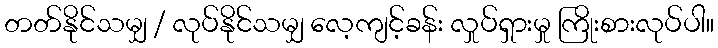
တတ်နိုင်သမျှ / လုပ်နိုင်သမျှ လေ့ကျင့်ခန်း လှုပ်ရှားမှု ကြိုးစားလုပ်ပါ။